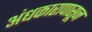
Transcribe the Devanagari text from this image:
अंधकारापासून